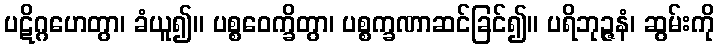
ပဋိဂ္ဂဟေတွာ၊ ခံယူ၍။ ပစ္စဝေက္ခိတွာ၊ ပစ္စက္ခဏာဆင်ခြင်၍။ ပရိဘုဉ္ဇနံ၊ ဆွမ်းကို